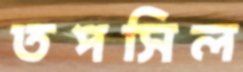
তপসিল